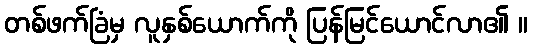
တစ်ဖက်ခြံမှ လူနှစ်ယောက်ကို ပြန်မြင်ယောင်လာ၏ ။